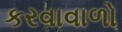
કરવાવાળો